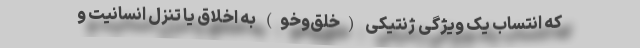
که انتسابِ یک ویژگی ژنتیکی (خلق‌وخو) به اخلاق یا تنزلِ انسانیت و